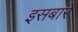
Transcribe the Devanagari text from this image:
इसबारे